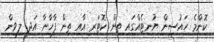
ކޮންމެ ހައުސިން ޔުނިޓެއްގައި ތިން ކޮޓަރި އާއި ތިން ފާހާނާ އަދި ލިވިން